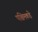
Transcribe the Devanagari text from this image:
पश्चिमकडे